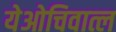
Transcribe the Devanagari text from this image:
येओचिवात्ल